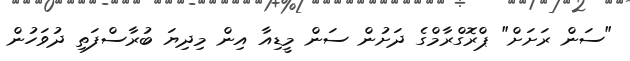
"ސަން ރަށަށް" ޕްރޮގްރާމްގެ ދަށުން ސަން މީޑިއާ އިން މިދިޔަ ބުރާސްފަތި ދުވަހުން